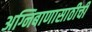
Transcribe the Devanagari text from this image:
अग्निबाणासाठीची